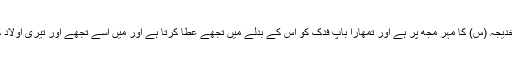
تمہاری ماں خدیجہ (س) کا مہر مجھ پر ہے اور تمھارا باپ فدک کو اس کے بدلے میں تجھے عطا کرتا ہے اور میں اسے تجھے اور تیری اولاد کو بخشتا ہوں۔